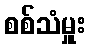
စစ်သံမှူး